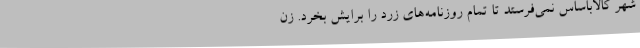
شهر کالاباساس نمی‌فرستد تا تمام روزنامه‌های زرد را برایش بخرد. زِن